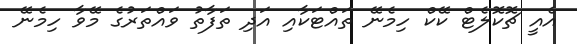
އެއީ ޗޮކޮލެޓް ކޭކް ހިމެނޭ ތައްޓަކާއި އަދި ތަފާތު ވައްތަރުގެ މޭވާ ހިމެނޭ